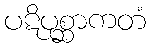
ပဋိပုစ္ဆာကတံ